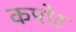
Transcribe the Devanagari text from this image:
कमोर